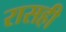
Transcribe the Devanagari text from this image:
रासही